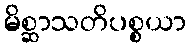
မိစ္ဆာသတိပစ္စယာ